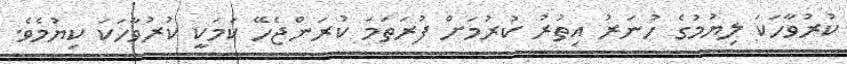
ކުރުވާހަކަ ލިޔުމުގެ ހުނަރު އިތުރު ކުރުމަށް ފުރަތަމަ ކުރަންޖެހޭ ކަމަކީ ކުރުވާހަކަ ކިޔުމެވެ.